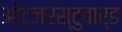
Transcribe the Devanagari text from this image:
ओट्जरस्टुवार्ड